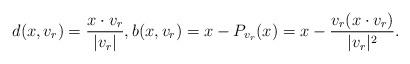
LaTeX: \begin{align*}d(x,v_r) = \frac{x \cdot v_r}{|v_r|} , b(x,v_r) = x-P_{v_r}(x) = x- \frac{v_r(x \cdot v_r)}{|v_r|^2} .\end{align*}